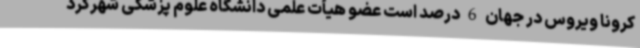
کرونا ویروس در جهان 6 درصد است عضو هیأت علمی دانشگاه علوم پزشکی شهرکرد